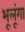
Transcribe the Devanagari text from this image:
भूलूंगा